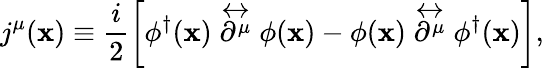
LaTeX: j^{\mu}(\mathbf{x})\equiv\frac{{i}}{{2}}\left[\phi^{\dagger}(\mathbf{x})\stackrel{\leftrightarrow}{\partial^{\mu}}\phi(\mathbf{x})-\phi(\mathbf{x})\stackrel{\leftrightarrow}{\partial^{\mu}}\phi^{\dagger}(\mathbf{x})\right],